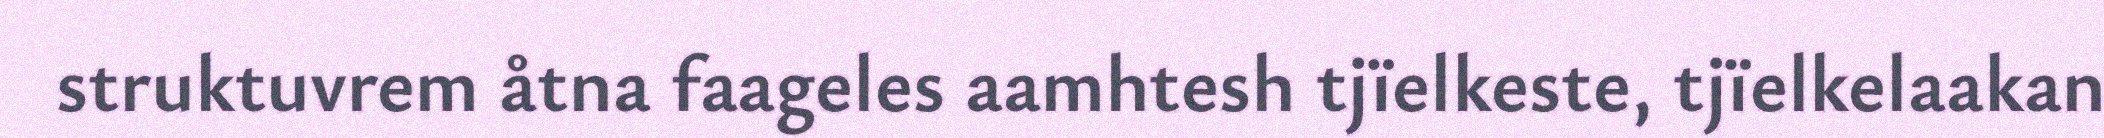
struktuvrem åtna faageles aamhtesh tjïelkeste, tjïelkelaakan